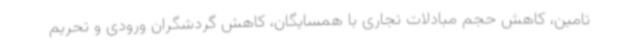
تامین، کاهش حجم مبادلات تجاری با همسایگان، کاهش گردشگران ورودی و تحریم